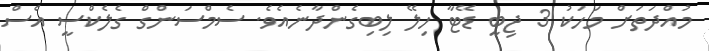
މުއްދަތަށް މަހަކު 3 ޖިބީ ޑޭޓާ ހިލޭ ލިބިގެންދާނެއެވެ. ސެމްސަންގް ގެލެކްސީ އެސް